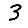
Digit: 3